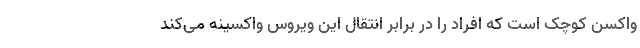
واکسن کوچک است که افراد را در برابر انتقال این ویروس واکسینه می‌کند